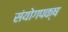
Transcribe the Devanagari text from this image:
संयोगपक्ष